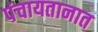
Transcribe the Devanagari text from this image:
पंचायतानात